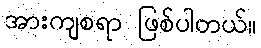
အားကျစရာ ဖြစ်ပါတယ်။